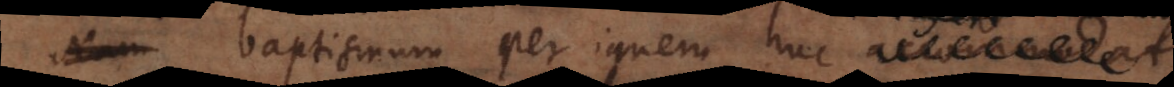
ptismum per ignem huc a